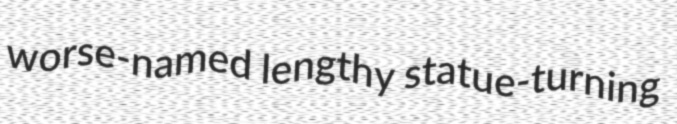
worse-named lengthy statue-turning